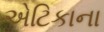
એટિકાના